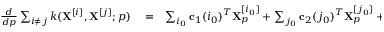
\begin{array} { r l r } { \frac { d } { d { p } } \sum _ { i \neq j } k ( \mathbf { X } ^ { [ i ] } , \mathbf { X } ^ { [ j ] } ; p ) } & { { } = } & { \sum _ { i _ { 0 } } \mathbf { c } _ { 1 } ( i _ { 0 } ) ^ { T } \mathbf { X } _ { p } ^ { [ i _ { 0 } ] } + \sum _ { j _ { 0 } } \mathbf { c } _ { 2 } ( j _ { 0 } ) ^ { T } \mathbf { X } _ { p } ^ { [ j _ { 0 } ] } + \mathbf { c } _ { 3 } , } \end{array}